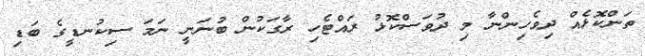
ތަންކޮޅެއް ދިވެހިންނާ މި ދުވަސްކޮޅު ރައްޓެހި ރާގަކުން ބުނަނީ ނަމަ ސިކުނޑީގެ ބަޑި